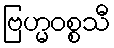
ဗြဟ္မဝစ္စသီ